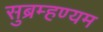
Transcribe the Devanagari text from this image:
सुब्रम्हण्यम